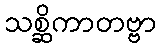
သစ္ဆိကာတဗ္ဗာ